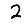
Digit: 2